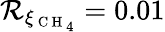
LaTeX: \mathcal{R}_{\xi_{{\mathrm{{~C~H~}}_{4}}}}=0.01